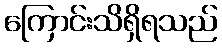
ကြောင်းသိရှိရသည်